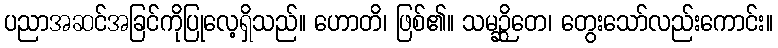
ပညာအဆင်အခြင်ကိုပြုလေ့ရှိသည်။ ဟောတိ၊ ဖြစ်၏။ သမဉ္ဆိတေ၊ တွေးသော်လည်းကောင်း။